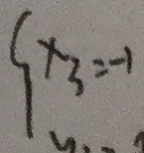
x _ { 3 } = - 1